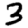
Digit: 3